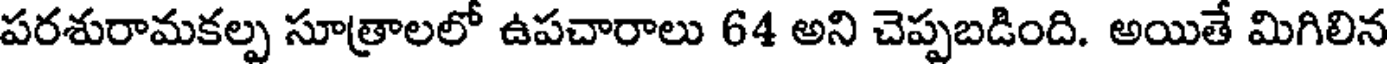
పరశురామకల్ప సూత్రాలలో ఉపచారాలు 64 అని చెప్పబడింది. అయితే మిగిలిన